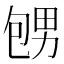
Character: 𪽕